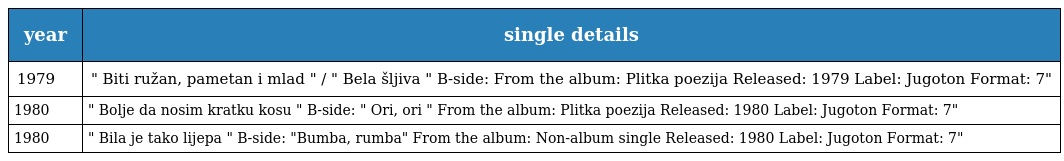
| year | single details |
 | --- | --- |
 | 1979 | " Biti ružan, pametan i mlad " / " Bela šljiva " B-side: From the album: Plitka poezija Released: 1979 Label: Jugoton Format: 7" |
 | 1980 | " Bolje da nosim kratku kosu " B-side: " Ori, ori " From the album: Plitka poezija Released: 1980 Label: Jugoton Format: 7" |
 | 1980 | " Bila je tako lijepa " B-side: "Bumba, rumba" From the album: Non-album single Released: 1980 Label: Jugoton Format: 7" |